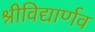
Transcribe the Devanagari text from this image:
श्रीविद्यार्णव